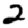
Digit: 2